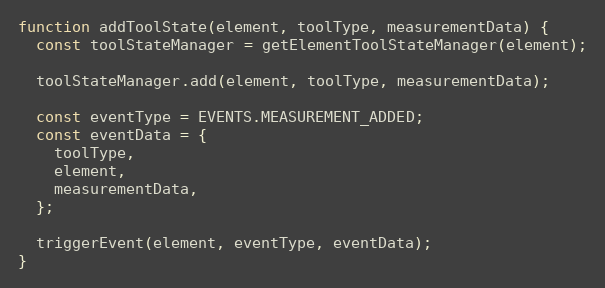
Language: JavaScript
function addToolState(element, toolType, measurementData) {
  const toolStateManager = getElementToolStateManager(element);

  toolStateManager.add(element, toolType, measurementData);

  const eventType = EVENTS.MEASUREMENT_ADDED;
  const eventData = {
    toolType,
    element,
    measurementData,
  };

  triggerEvent(element, eventType, eventData);
}